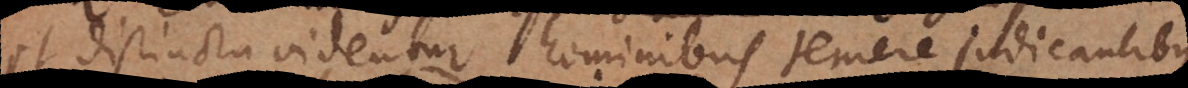
et distincta videntur hominibus temere judicantibus,